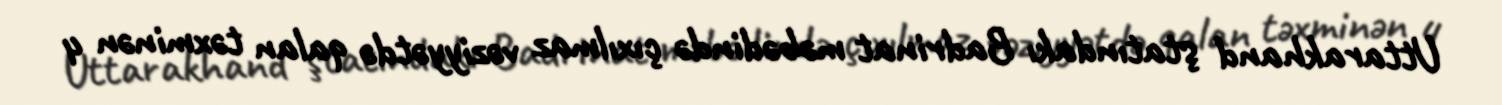
Uttarakhand ştatındakı Badrinat məbədində çıxılmaz vəziyyətdə qalan təxminən 4